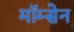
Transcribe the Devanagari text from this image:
मॉम्सेन